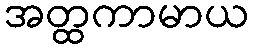
အတ္ထကာမာယ